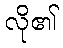
လို၏